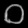
Digit: ၀